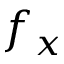
f _ { x }